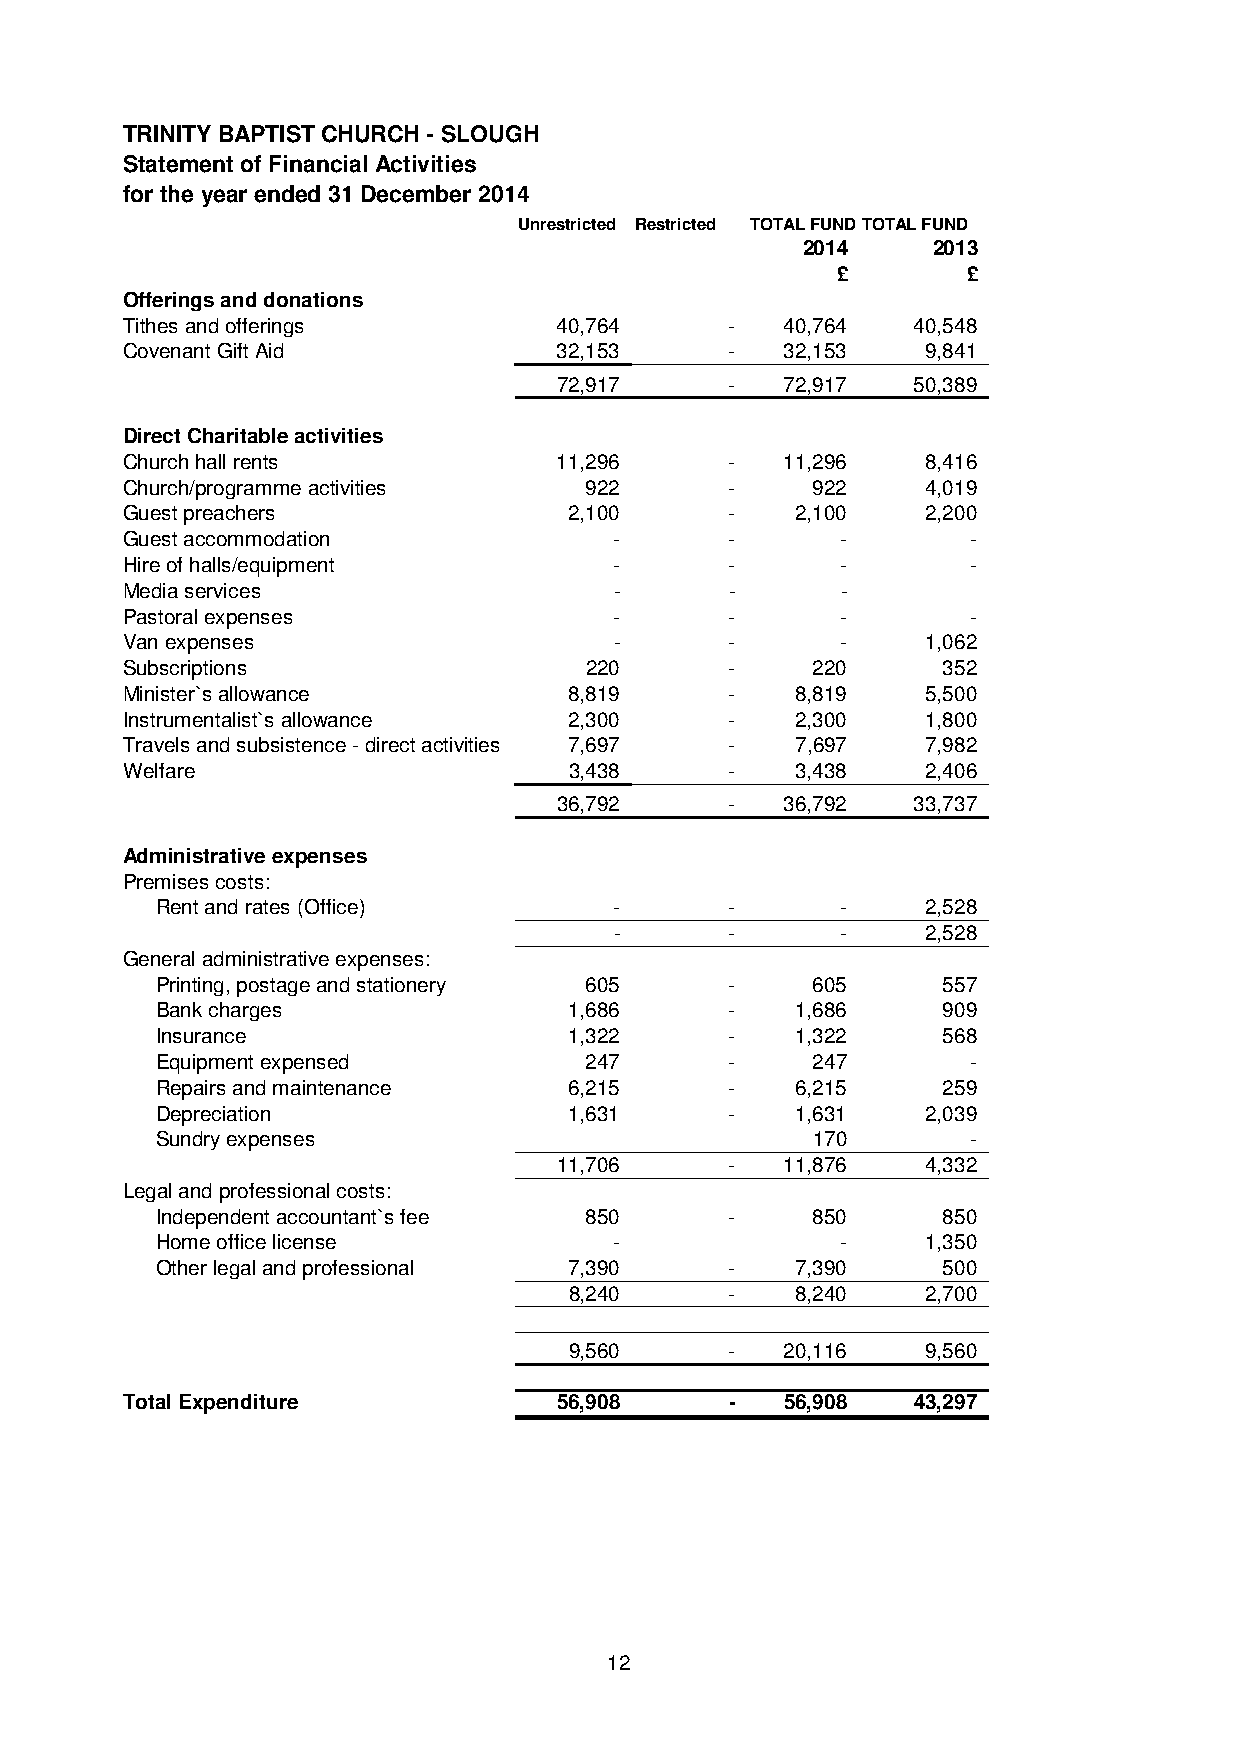
TRINITY BAPTIST CHURCH - SLOUGH
 Statement of Financial Activities
 for the year ended 31 December 2014
 Unrestricted Restricted TOTAL FUNDTOTAL FUND
 2014     2013
 £        £
 Offerings and donations
 Tithes and offerings         40,764     -   40,764  40,548
 Covenant Gift Aid            32,153     -   32,153   9,841
 72,917     -   72,917  50,389
 Direct Charitable activities
 Church hall rents            11,296     -   11,296   8,416
 Church/programme activities    922      -     922    4,019
 Guest preachers               2,100     -    2,100   2,200
 Guest accommodation              -      -       -       -
 Hire of halls/equipment          -      -       -       -
 Media services                   -      -       -
 Pastoral expenses                -      -       -       -
 Van expenses                     -      -       -    1,062
 Subscriptions                  220      -     220     352
 Minister`s allowance          8,819     -    8,819   5,500
 Instrumentalist`s allowance   2,300     -    2,300   1,800
 Travels and subsistence - direct activities 7,697 - 7,697 7,982
 Welfare                       3,438     -    3,438   2,406
 36,792     -   36,792  33,737
 Administrative expenses
 Premises costs:
 Rent and rates (Office)        -      -       -    2,528
 -      -       -    2,528
 General administrative expenses:
 Printing, postage and stationery 605  -     605     557
 Bank charges                1,686     -    1,686    909
 Insurance                   1,322     -    1,322    568
 Equipment expensed           247      -     247       -
 Repairs and maintenance     6,215     -    6,215    259
 Depreciation                1,631     -    1,631   2,039
 Sundry expenses                             170       -
 11,706     -   11,876   4,332
 Legal and professional costs:
 Independent accountant`s fee 850      -     850     850
 Home office license            -              -    1,350
 Other legal and professional 7,390    -    7,390    500
 8,240     -    8,240   2,700
 9,560     -   20,116   9,560
 Total Expenditure            56,908     -   56,908  43,297
 12